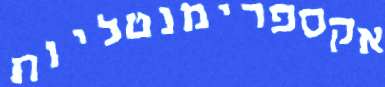
אקספרימנטליות